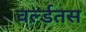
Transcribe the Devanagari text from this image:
वर्ल्डतस